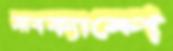
সাবক্যাম্পে